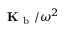
\mathbf { K } _ { \mathrm { ~ b ~ } } / \omega ^ { 2 }